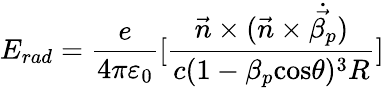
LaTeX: E_{rad}=\frac{e}{4\pi\varepsilon_{0}}[\frac{\vec{n}\times(\vec{n}\times\dot{\vec{\beta_{p}}})}{c(1-\beta_{p}\mathrm{cos}\theta)^{3}R}]